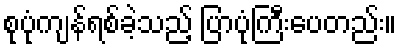
စုပုံကျန်ရစ်ခဲ့သည့် ပြာပုံကြီးပေတည်း။